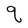
Character: q